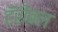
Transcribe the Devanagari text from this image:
टॅरीबल